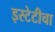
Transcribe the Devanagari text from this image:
इस्टेटीचा